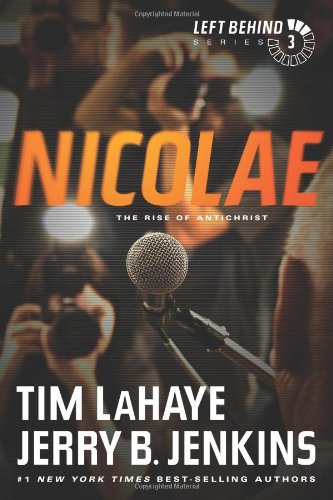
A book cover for Nicolae: The Rise of Antichrist (Left Behind); Tim LaHaye; Christian Books & Bibles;